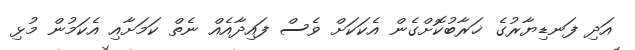
އަދި ފަނޑިޔާރުގެ ޚަރާބުކޮށްގެން އެކަކަށް ވެސް ފައިދާއެއް ނެތް ކަމަށާއި އެކަމުން މުޅި